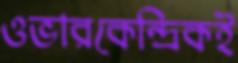
ওভারকেন্দ্রিকই